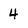
Character: 4